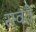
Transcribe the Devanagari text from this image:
सवते